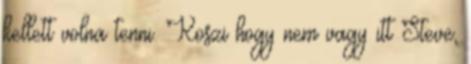
kellett volna tenni. Koszi hogy nem vagy itt Steve,